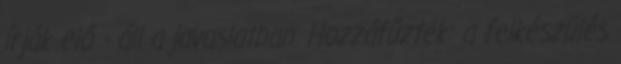
írják elő - áll a javaslatban. Hozzáfűzték: a felkészülés